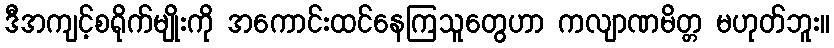
ဒီအကျင့်စရိုက်မျိုးကို အကောင်းထင်နေကြသူတွေဟာ ကလျာဏမိတ္တ မဟုတ်ဘူး။